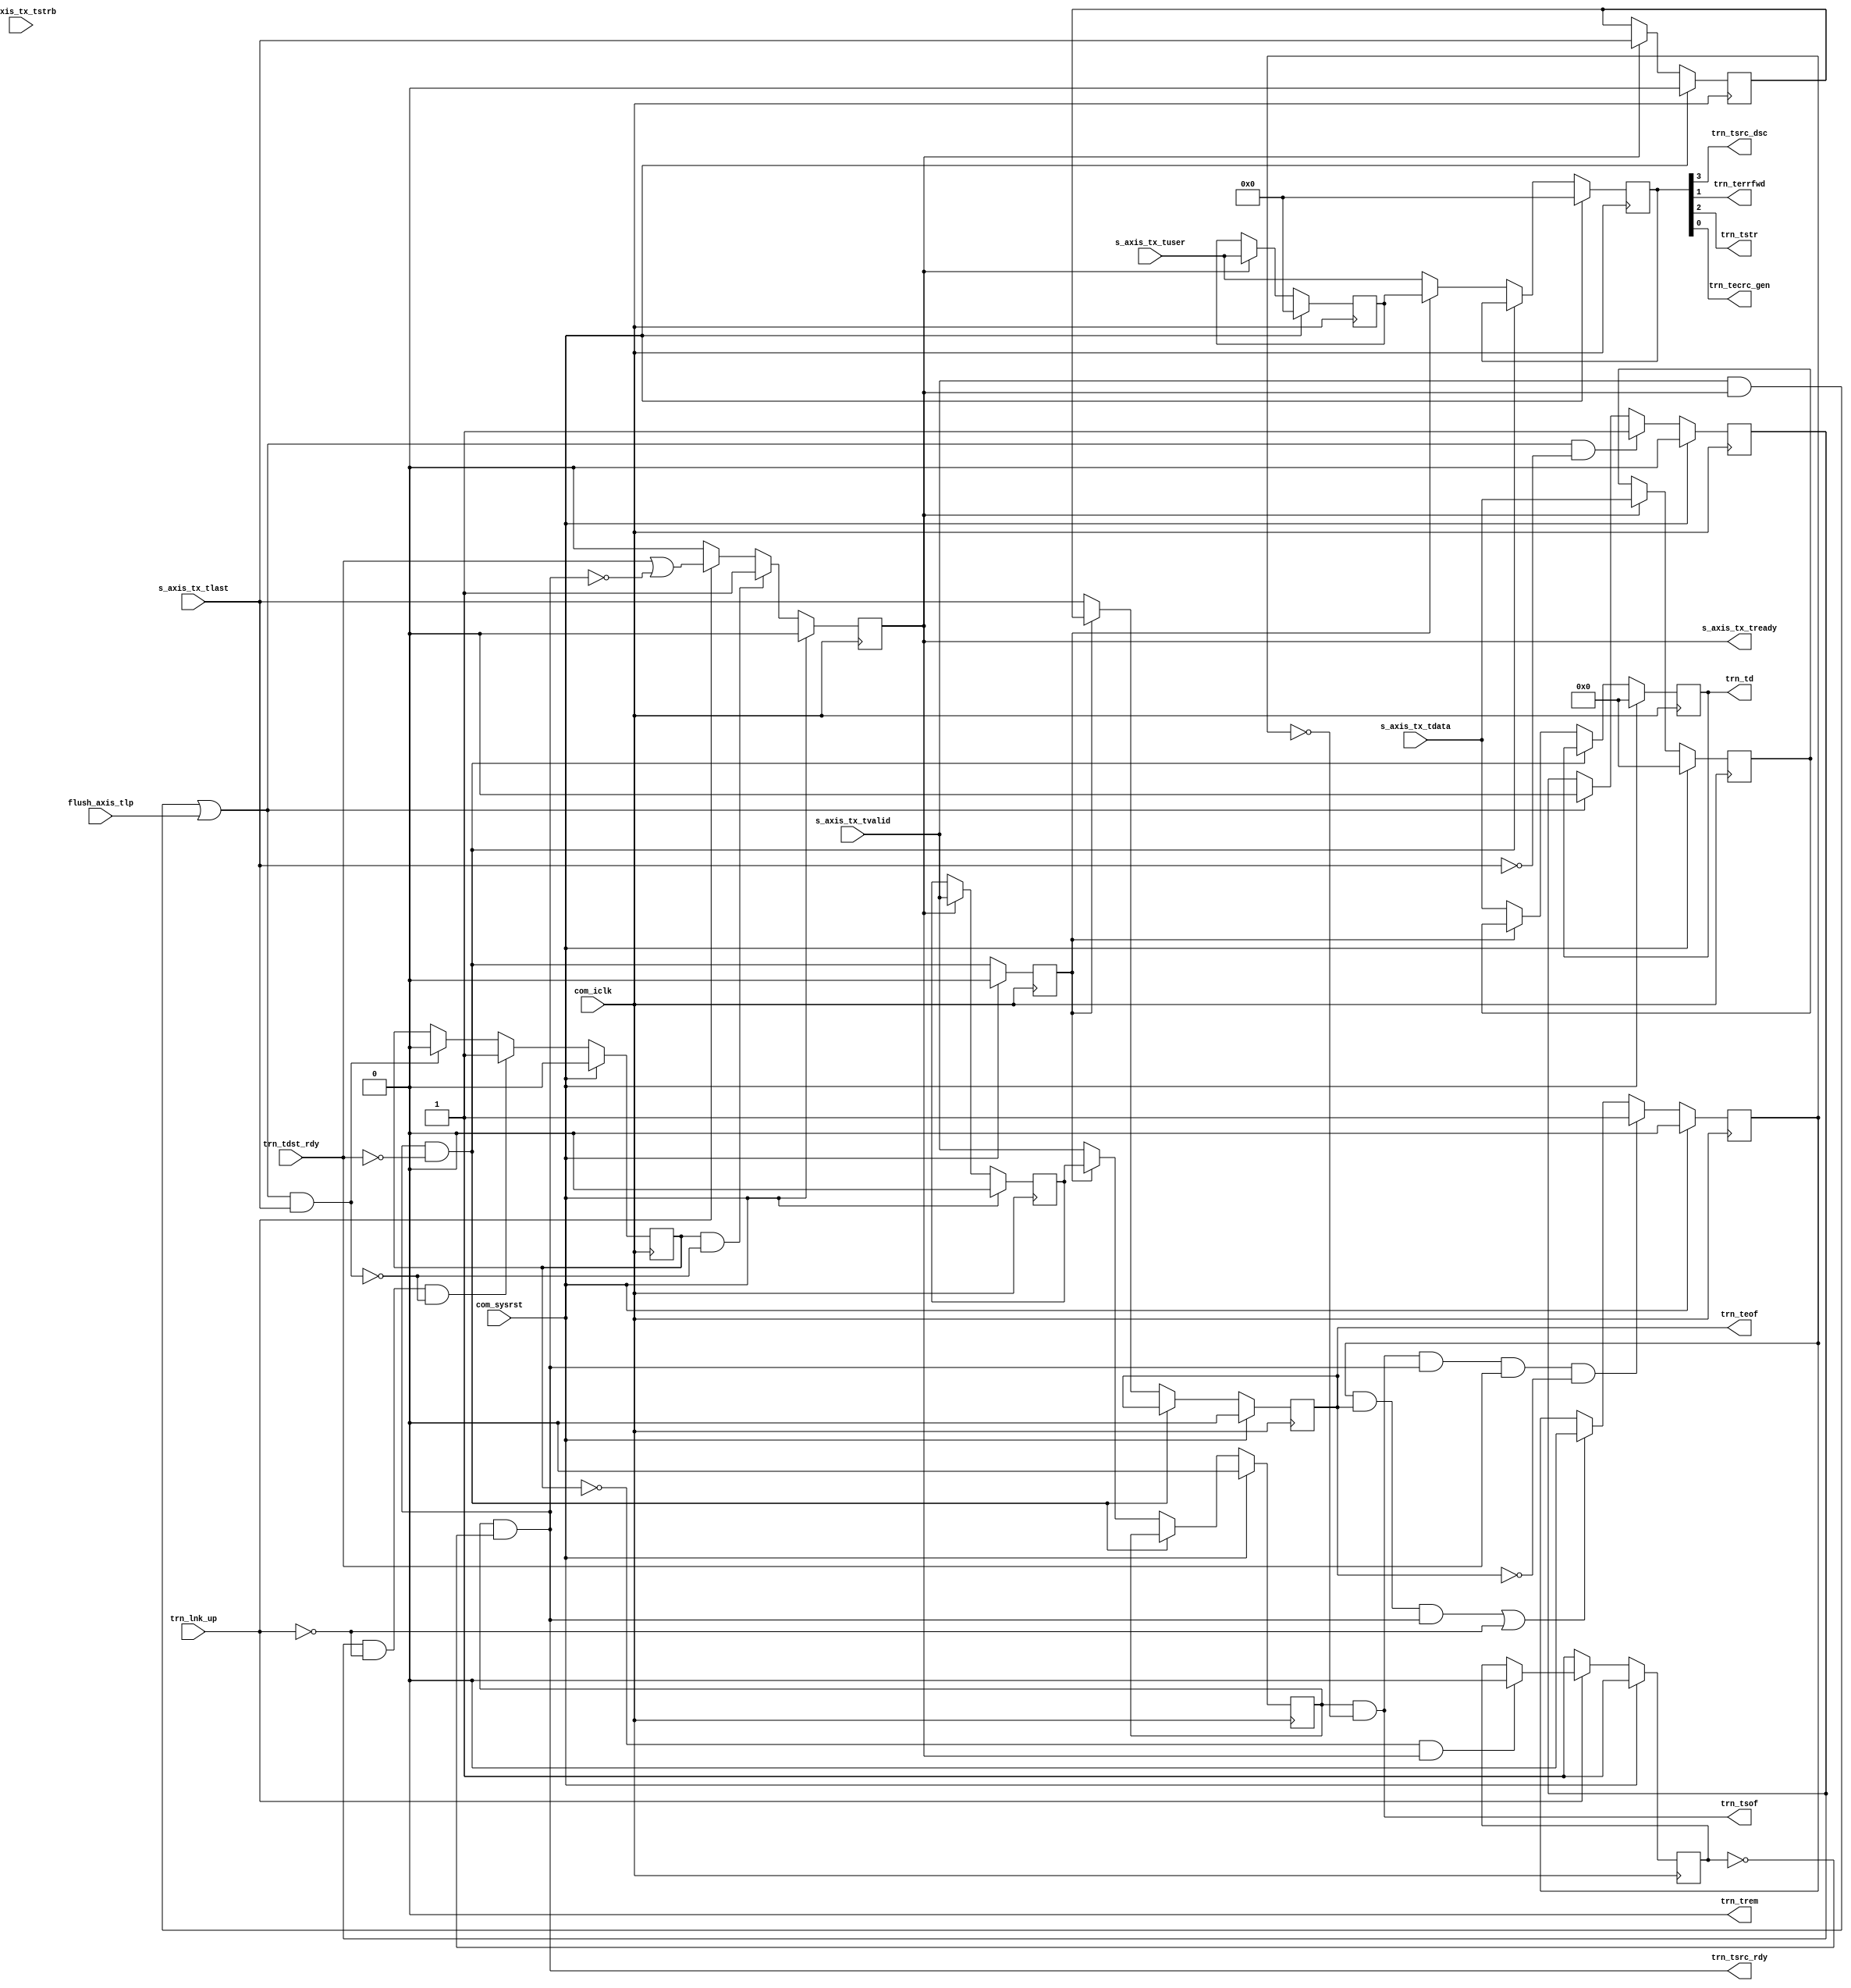
//----------------------------------------------------------------------------//
//                                                                            //
//  Description:                                                              //
//  AXI-S to PCIe TRN coverter                                                //
//                                                                            //
//  Notes:                                                                    //
//  Optional notes section.                                                   //
//                                                                            //
//  Hierarchical:                                                             //
//    axi_enhanced_top                                                        //
//      axi_enhanced_tx                                                       //
//        axi_enhanced_tx_pipeline                                            //
//                                                                            //
//----------------------------------------------------------------------------//

`timescale 1ps/1ps

module axi_pcie_v1_08_a_axi_enhanced_tx_pipeline #(
  parameter C_DATA_WIDTH = 32,            // RX/TX interface data width
  parameter TCQ = 1,                      // Clock to Q time

  // Do not override parameters below this line
  parameter REM_WIDTH  = (C_DATA_WIDTH == 128) ? 2 : 1, // trem/rrem width
  parameter STRB_WIDTH = C_DATA_WIDTH / 8               // TSTRB width
  ) (
  //---------------------------------------------//
  // User Design I/O                             //
  //---------------------------------------------//

  // AXI TX
  //-----------
  input      [C_DATA_WIDTH-1:0] s_axis_tx_tdata,     // TX data from user
  input                         s_axis_tx_tvalid,    // TX data is valid
  output                        s_axis_tx_tready,    // TX TREADY signal
  input        [STRB_WIDTH-1:0] s_axis_tx_tstrb,     // TX strobe byte enables
  input                         s_axis_tx_tlast,     // TX data is last
  input                   [3:0] s_axis_tx_tuser,     // TX user signals

  //---------------------------------------------//
  // PCIe Block I/O                              //
  //---------------------------------------------//

  // TRN TX
  //-----------
  output     [C_DATA_WIDTH-1:0] trn_td,              // TX data from block
  output                        trn_tsof,            // TX start of packet
  output                        trn_teof,            // TX end of packet
  output                        trn_tsrc_rdy,        // TX source ready
  input                         trn_tdst_rdy,        // TX destination ready
  output                        trn_tsrc_dsc,        // TX source discontinue
  output        [REM_WIDTH-1:0] trn_trem,            // TX remainder
  output                        trn_terrfwd,         // TX error forward
  output                        trn_tstr,            // TX streaming enable
  output                        trn_tecrc_gen,       // TX ECRC generate
  input                         trn_lnk_up,          // PCIe link up

  input                         flush_axis_tlp,
  // System
  //-----------
  input                         com_iclk,            // user clock from block
  input                         com_sysrst             // user reset from block
  );


// Input register stage
reg  [C_DATA_WIDTH-1:0] reg_tdata;
reg                     reg_tvalid;
reg    [STRB_WIDTH-1:0] reg_tstrb;
reg               [3:0] reg_tuser;
reg                     reg_tlast;
reg                     reg_tready;

reg                     trn_in_packet;
reg                     axi_in_packet;
reg                     flush_axi;
wire                    disable_trn;
reg                     reg_disable_trn;

wire                    axi_beat_live  = ((s_axis_tx_tvalid && s_axis_tx_tready)|| flush_axis_tlp);
wire                    axi_end_packet = axi_beat_live && s_axis_tx_tlast;

//----------------------------------------------------------------------------//
// Convert TRN data format to AXI data format. AXI is DWORD swapped from TRN. //
// 128-bit:                 64-bit:                  32-bit:                  //
// TRN DW0 maps to AXI DW3  TRN DW0 maps to AXI DW1  TNR DW0 maps to AXI DW0  //
// TRN DW1 maps to AXI DW2  TRN DW1 maps to AXI DW0                           //
// TRN DW2 maps to AXI DW1                                                    //
// TRN DW3 maps to AXI DW0                                                    //
//----------------------------------------------------------------------------//
generate
  if(C_DATA_WIDTH == 128) begin : td_DW_swap_128
    assign trn_td = {reg_tdata[31:0],
                     reg_tdata[63:32],
                     reg_tdata[95:64],
                     reg_tdata[127:96]};
  end
  else if(C_DATA_WIDTH == 64) begin : td_DW_swap_64
    assign trn_td = {reg_tdata[31:0], reg_tdata[63:32]};
  end
  else begin : td_DW_swap_32
    assign trn_td = reg_tdata;
  end
endgenerate

//----------------------------------------------------------------------------//
// Create trn_tsof. If we're not currently in a packet and TVALID goes high,  //
// assert TSOF.                                                               //
//----------------------------------------------------------------------------//
assign trn_tsof = (reg_tvalid && !trn_in_packet);


//----------------------------------------------------------------------------//
// Create trn_in_packet. This signal tracks if the TRN interface is currently //
// in the middle of a packet, which is needed to generate trn_tsof            //
//----------------------------------------------------------------------------//
always @(posedge com_iclk) begin
  if(com_sysrst) begin
    trn_in_packet <= #TCQ 1'b0;
  end
  else begin
    if(trn_tsof && trn_tsrc_rdy && trn_tdst_rdy && !trn_teof) begin
      trn_in_packet <= #TCQ 1'b1;
    end
    else if((trn_in_packet && trn_teof && trn_tsrc_rdy) || !trn_lnk_up) begin
      trn_in_packet <= #TCQ 1'b0;
    end
  end
end

//----------------------------------------------------------------------------//
// Create axi_in_packet. This signal tracks if the AXI interface is currently //
// in the middle of a packet, which is needed in case the link goes down.     //
//----------------------------------------------------------------------------//
always @(posedge com_iclk) begin
  if(com_sysrst) begin
    axi_in_packet <= #TCQ 1'b0;
  end
  else begin
    if(axi_beat_live && !s_axis_tx_tlast) begin
      axi_in_packet <= #TCQ 1'b1;
    end
    else if(axi_beat_live) begin
      axi_in_packet <= #TCQ 1'b0;
    end
  end
end

//----------------------------------------------------------------------------//
// Create disable_trn. This signal asserts when the link goes down and        //
// triggers the deassertiong of trn_tsrc_rdy. The deassertion of disable_trn  //
// depends is as described below.                              //
//----------------------------------------------------------------------------//
  // We disable the TRN interfacefrom the time
  // the link goes down until the the AXI interface is ready to accept packets
  // again (via assertion of TREADY). By waiting for TREADY, we allow the
  // previous value buffer to fill, so we're ready for any throttling by the
  // user or the block.
    always @(posedge com_iclk) begin
      if(com_sysrst) begin
        reg_disable_trn    <= #TCQ 1'b1;
      end
      else begin
        // When the link goes down, disable the TRN interface.
        if(!trn_lnk_up)
        begin
          reg_disable_trn  <= #TCQ 1'b1;
        end

        // When the link comes back up and the AXI interface is ready, we can
        // release the pipeline and return to normal operation.
        // Manish - flush_axi will be 0 in link up condition
        // coverage off -item c 1 -condrow 1
        else if(!flush_axi && s_axis_tx_tready) begin
          reg_disable_trn <= #TCQ 1'b0;
        end
      end
    end

    assign disable_trn = reg_disable_trn;

//----------------------------------------------------------------------------//
// Convert STRB to RREM. Here, we are converting the encoding method for the  //
// location of the EOF from AXI (TSTRB) to TRN flavor (rrem).                 //
//----------------------------------------------------------------------------//
generate
  if(C_DATA_WIDTH == 128) begin : tstrb_to_trem_128
    //---------------------------------------//
    // Conversion table:                     //
    // trem    | tstrb                       //
    // [1] [0] | [15:12] [11:8] [7:4] [3:0]  //
    // ------------------------------------- //
    //  1   1  |   D3      D2    D1    D0    //
    //  1   0  |   --      D2    D1    D0    //
    //  0   1  |   --      --    D1    D0    //
    //  0   0  |   --      --    --    D0    //
    //---------------------------------------//

    wire   axi_DW_1    = reg_tstrb[7];
    wire   axi_DW_2    = reg_tstrb[11];
    wire   axi_DW_3    = reg_tstrb[15];
    assign trn_trem[1] = axi_DW_2;
    assign trn_trem[0] = axi_DW_3 || (axi_DW_1 && !axi_DW_2);
  end
  else if(C_DATA_WIDTH == 64) begin : tstrb_to_trem_64
    assign trn_trem    = reg_tstrb[7];
  end
  else begin : tstrb_to_trem_32
    assign trn_trem    = 1'b0;
  end
endgenerate


//----------------------------------------------------------------------------//
// Create remaining TRN signals                                               //
//----------------------------------------------------------------------------//
  assign trn_teof      = reg_tlast;
  assign trn_tecrc_gen = reg_tuser[0];
  assign trn_terrfwd   = reg_tuser[1];
  assign trn_tstr      = reg_tuser[2];
  assign trn_tsrc_dsc  = reg_tuser[3];


//----------------------------------------------------------------------------//
// Pipeline stage                                                             //
//----------------------------------------------------------------------------//

  //**************************************************************************//
  // The block could back-pressure at any time, which creates the standard problem
  // of potential data loss due to the handshaking latency. Here we need a
  // previous value buffer, just like the RX data path.
    reg  [C_DATA_WIDTH-1:0] tdata_prev;
    reg                     tvalid_prev;
    reg    [STRB_WIDTH-1:0] tstrb_prev;
    reg                     tlast_prev;
    reg               [3:0] tuser_prev;
    reg                     reg_tdst_rdy;

    wire                    data_hold;
    reg                     data_prev;


    //------------------------------------------------------------------------//
    // Previous value buffer                                                  //
    // ---------------------                                                  //
    // We are inserting a pipeline stage in between AXI and TRN, which causes //
    // some issues with handshaking signals trn_tsrc_rdy/s_axis_tx_tready.    //
    // The added cycle of latency in the path causes the Block to fall behind //
    // the AXI interface whenever it throttles.                               //
    //                                                                        //
    // To avoid loss of data, we must keep the previous value of all          //
    // s_axis_tx_* signals in case the Block throttles.                       //
    //------------------------------------------------------------------------//
    always @(posedge com_iclk) begin
      if(com_sysrst) begin
        tdata_prev   <= #TCQ {C_DATA_WIDTH{1'b0}};
        tvalid_prev  <= #TCQ 1'b0;
        tstrb_prev   <= #TCQ {STRB_WIDTH{1'b0}};
        tlast_prev   <= #TCQ 1'b0;
        tuser_prev   <= #TCQ 4'h 0;
      end
      else begin
        // prev buffer works by checking s_axis_tx_tready. When
        // s_axis_tx_tready is asserted, a new value is present on the
        // interface.
        if(!s_axis_tx_tready) begin
          tdata_prev   <= #TCQ tdata_prev;
          tvalid_prev  <= #TCQ tvalid_prev;
          tstrb_prev   <= #TCQ tstrb_prev;
          tlast_prev   <= #TCQ tlast_prev;
          tuser_prev   <= #TCQ tuser_prev;
        end
        else begin
          tdata_prev   <= #TCQ s_axis_tx_tdata;
          tvalid_prev  <= #TCQ s_axis_tx_tvalid;
          tstrb_prev   <= #TCQ s_axis_tx_tstrb;
          tlast_prev   <= #TCQ s_axis_tx_tlast;
          tuser_prev   <= #TCQ s_axis_tx_tuser;
        end
      end
    end

    // Create special buffer which locks in the proper value of TDATA depending
    // on whether the user is throttling or not. This buffer has three states:
    //
    //       HOLD state: TDATA maintains its current value
    //                   - the Block has throttled the PCIe block
    //   PREVIOUS state: the buffer provides the previous value on TDATA
    //                   - the Block has finished throttling, and is a little
    //                     behind the user
    //    CURRENT state: the buffer passes the current value on TDATA
    //                   - the Block is caught up and ready to receive the
    //                     latest data from the user
    always @(posedge com_iclk) begin
      if(com_sysrst) begin
        reg_tdata  <= #TCQ {C_DATA_WIDTH{1'b0}};
        reg_tvalid <= #TCQ 1'b0;
        reg_tstrb  <= #TCQ {STRB_WIDTH{1'b0}};
        reg_tlast  <= #TCQ 1'b0;
        reg_tuser  <= #TCQ 4'h0;

        reg_tdst_rdy <= #TCQ 1'b0;
      end
      else begin
        reg_tdst_rdy <= #TCQ trn_tdst_rdy;

        if(!data_hold) begin
          // PREVIOUS state
          if(data_prev) begin
            reg_tdata  <= #TCQ tdata_prev;
            reg_tvalid <= #TCQ tvalid_prev;
            reg_tstrb  <= #TCQ tstrb_prev;
            reg_tlast  <= #TCQ tlast_prev;
            reg_tuser  <= #TCQ tuser_prev;
          end

          // CURRENT state
          else begin
            reg_tdata  <= #TCQ s_axis_tx_tdata;
            reg_tvalid <= #TCQ s_axis_tx_tvalid;
            reg_tstrb  <= #TCQ s_axis_tx_tstrb;
            reg_tlast  <= #TCQ s_axis_tx_tlast;
            reg_tuser  <= #TCQ s_axis_tx_tuser;
          end
        end
        // else HOLD state
      end
    end


    // Logic to instruct pipeline to hold its value
    assign data_hold = trn_tsrc_rdy && !trn_tdst_rdy;


    // Logic to instruct pipeline to use previous bus values. Always use
    // previous value after holding a value.
    always @(posedge com_iclk) begin
      if(com_sysrst) begin
        data_prev <= #TCQ 1'b0;
      end
      else begin
        data_prev <= #TCQ data_hold;
      end
    end


    //------------------------------------------------------------------------//
    // Create trn_tsrc_rdy. If we're flushing the TRN hold trn_tsrc_rdy low.  //
    //------------------------------------------------------------------------//
    assign trn_tsrc_rdy = reg_tvalid && !disable_trn;


    //------------------------------------------------------------------------//
    // Create TREADY                                                          //
    //------------------------------------------------------------------------//
    always @(posedge com_iclk) begin
      if(com_sysrst) begin
        reg_tready <= #TCQ 1'b0;
      end
      else begin
        // If the link went down and we need to flush a packet in flight, hold
        // TREADY high
        if(flush_axi && !axi_end_packet) begin
          reg_tready <= #TCQ 1'b1;
        end

        // If the link is up, TREADY is as follows:
        //   TREADY = 1 when trn_tsrc_rdy == 0
        //      - While idle, keep the pipeline primed and ready for the next
        //        packet
        //
        //   TREADY = trn_tdst_rdy when trn_tsrc_rdy == 1
        //      - While in packet, throttle pipeline based on state of TRN
        else if(trn_lnk_up) begin
          reg_tready <= #TCQ trn_tdst_rdy || !trn_tsrc_rdy;
        end

        // If the link is down and we're not flushing a packet, hold TREADY low
        // wait for link to come back up
        else begin
          reg_tready <= #TCQ 1'b0;
        end
      end
    end

    assign s_axis_tx_tready = reg_tready;

  //--------------------------------------------------------------------------//
  // Create flush_axi. This signal detects if the link goes down while the    //
  // AXI interface is in packet. In this situation, we need to flush the      //
  // packet through the AXI interface and discard it.                         //
  //--------------------------------------------------------------------------//
  always @(posedge com_iclk) begin
    if(com_sysrst) begin
      flush_axi    <= #TCQ 1'b0;
    end
    else begin
      // If the AXI interface is in packet and the link goes down, purge it.
      if(axi_in_packet && !trn_lnk_up && !axi_end_packet) begin
        flush_axi <= #TCQ 1'b1;
      end

      // The packet is finished, so we're done flushing.
      else if(axi_end_packet) begin
        flush_axi <= #TCQ 1'b0;
      end
    end
  end

 
endmodule